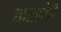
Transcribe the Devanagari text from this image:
शास्त्रातेही